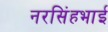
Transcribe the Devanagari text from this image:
नरसिंहभाई